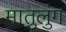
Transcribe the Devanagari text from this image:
मातुलुंग